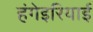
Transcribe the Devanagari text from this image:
हंगेइरियाई